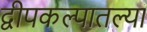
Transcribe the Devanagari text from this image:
द्वीपकल्पातल्या